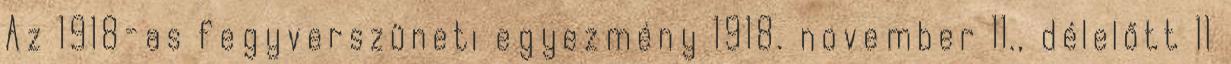
Az 1918-as fegyverszüneti egyezmény 1918. november 11., délelőtt 11